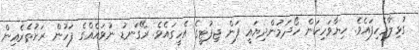
ގުޅިލާމެހިފައެވެ. ހިޔާވަހިކަން ހޯދަމުންދިޔައީ ފަން ޖިފުޓީގެ އެހީގައެވެ. ރޭގަނޑު ނުވައެއްގެ ފަހުން ރަށުތެރެއިން